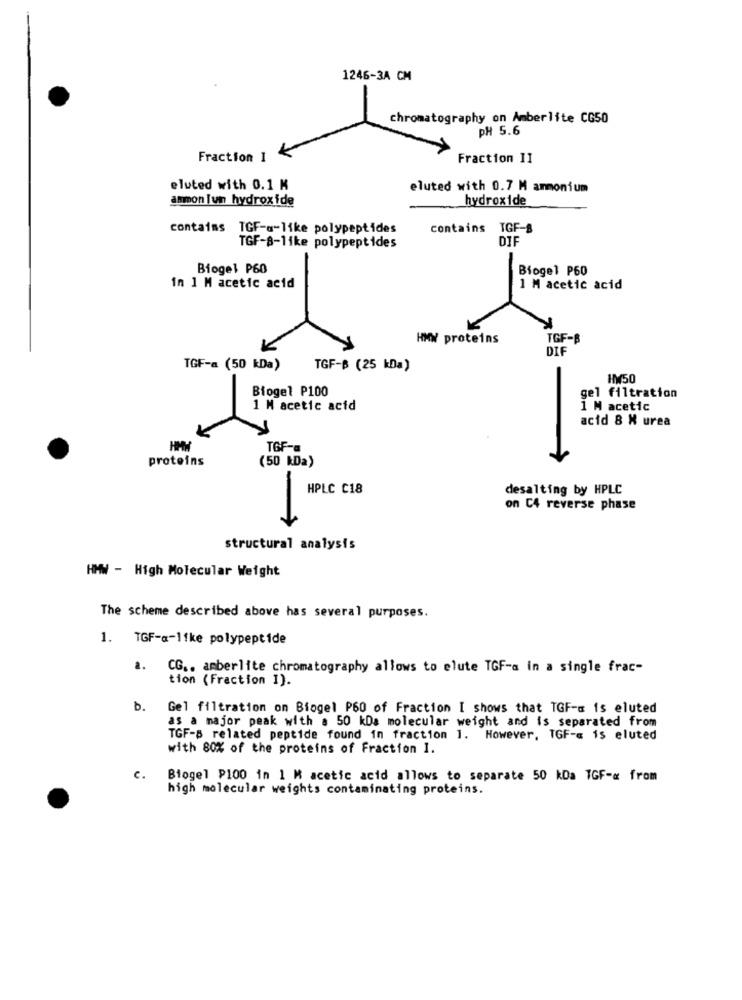
1246-3A CM
chromatography on Amberlite CG50
PH 5.6
Fraction I
Fraction II
eluted with 0.1 K
eluted with 0.7 M ammonium
ammon Tun hydroxide
hydroxide
contains TGF-a-like polypeptides
contains TGF-8
DIF
TGF-8-like polypeptides
Biogel P60
Biogel P60
in 1 M acetic acid
1 M acetic acid
HMW proteins
TGF-B
DIF
TGF-a (50 kDa)
TGF-B (25 kDa)
HY50
Biogel P100
gel filtration
1 M acetic acid
1 M acetic
acid 8 X urea
HHW
TGF-a
proteins
(50 kDa)
HPLC C18
desalting by HPLC
on C4 reverse phase
structural analysis
HMW - High Molecular Weight
The scheme described above has several purposes.
1. TGF-a-1fke polypeptide
a.
CG .. amberlite chromatography allows to elute TGF-a in a single frac-
tion (Fraction I).
b. Gel filtration on Biogel P60 of Fraction I shows that TGF- is eluted
as a major peak with a 50 kDa molecular weight and is separated from
TGF-8 related peptide found in fraction 1. However, TGF-« is eluted
with 80% of the proteins of Fraction I.
c.
Biogel P100 in 1 M acetic acid allows to separate 50 kDa TGF-x from
high molecular weights contaminating proteins.